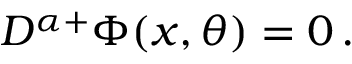
{ \cal D } ^ { \alpha + } \Phi ( x , \theta ) = 0 \, .